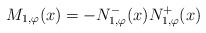
\begin{align*}M_{1,\varphi}(x) = - N_{1,\varphi}^{-}(x) N_{1,\varphi}^{+}(x)\end{align*}